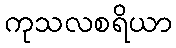
ကုသလစရိယာ